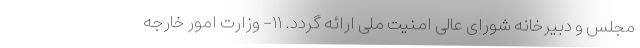
مجلس و دبیرخانه شورای عالی امنیت ملی ارائه گردد. ۱۱- وزارت امور خارجه